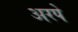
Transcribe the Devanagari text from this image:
अरपे